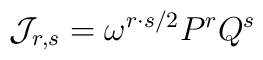
{\cal J}_{r,s}=\omega^{r\cdot s/2}P^rQ^s